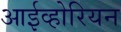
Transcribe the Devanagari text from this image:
आईव्होरियन